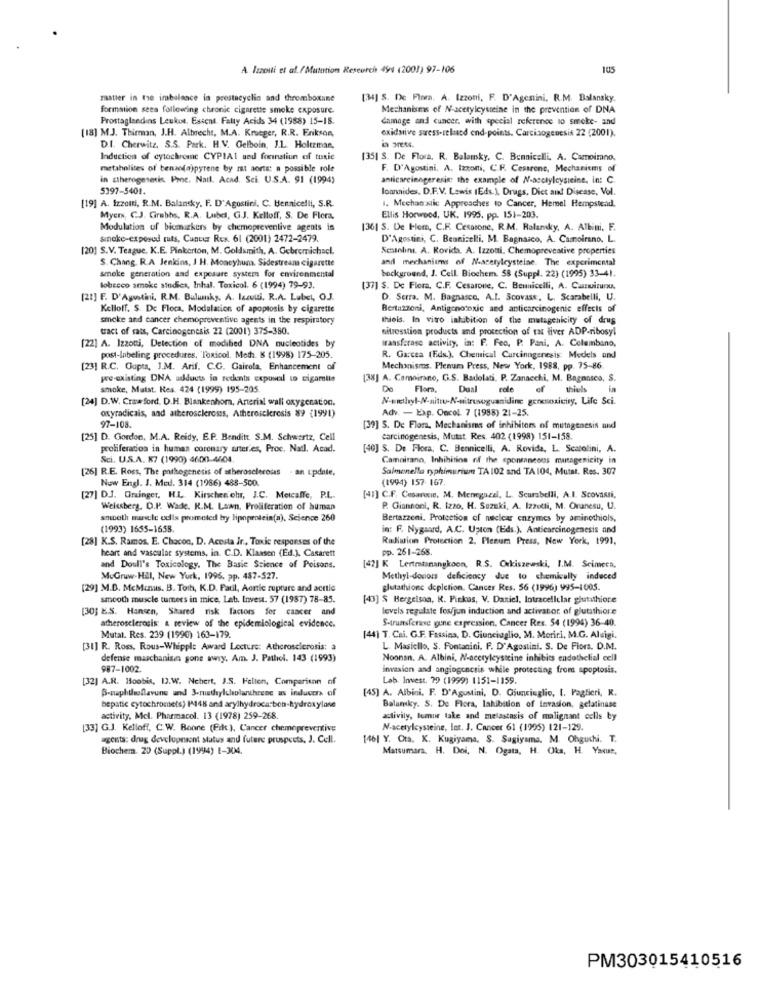
A Izzoiti et al. /Mutation Research 494 (2001) 97-106
105
matter in tre imbalance in prestacyclin and thromboxane
[34] S. De Flora, A. Izzoni, F. D'Agestini. R.M. Balansky,
formation seea following chronic cigarette smoke exposure.
Mechanisms of N-acetylcysteine in the prevention of DNA
Prostaglandins Leukos. Estent. Fatty Acids 34 (1988) 15-18.
damage and cancer, with special reference to smoke- and
(18] MJ. Thirman, J.H. Albrecht, M.A. Krueger, R.R. Erikson,
oxidsive suess-related end-points. Carcinogenesis 22 (2001).
D.I. Cherwitz, S.S. Park. H.V. Gelboin, J.L. Holtzmar,
Induction of cytochreme CYPIAL und forinatiun of tuxie
[35] S. De Flora. R. Balamky, C. Bennicelli, A. Camoimno,
metabolites of benzo(a)pyrene by rt aorta: a possible role
F. D'Agostini. A. Izzoni, C.F. Cestrene, Mechanisms of
in therogesetis Proc. Natl. Acad. Sci. U.S.A. 91 (1994)
anticareinngeresie: the example of N-acetylcysteine. In: C.
5397-5401.
loannides. D.F.V. Lewis (Eds.). Drugs, Diet and Disease, Vol.
1. Mechan sile Approaches to Cancer, Hemel Hempstead.
[19] A. Izzotti, R.M. Balansky. F. D'Agostini, C. Hennicelli, S.R.
Mycr, CJ. Grebhs. R.A. Lubel, G.J. Kelloff, S. De Flera.
Ellis Horweed, UK. 1995, pp. 151-203.
Modulation of biomarkers by chemopreventive agents is
[36| S. De Flem, C.F. Cesarone, R.M. Ralarıky, A. Albini. F.
sinoke-exposed ruts, Cunter Rex. 61 (2001) 2472-2479.
D'Agostini, C. Beaniselli, M. Bagnasco, A. Camoirano, L.
[20] S.V. Teague, K.E. Pinkerton, M. Goldsmith, A. Gebromichacl.
Seanhını. A. Rovida. A. Izzoui, Chemopreventive properties
S. Chang. R.A Jenkins, 1 H. Moneyhuma. Sidestream cigarette
and mechanisms of N-acetylcysteine. The experimental
smoke generation and exposure system for environmental
background, J. Cell. Biochem. 58 (Suppl. 22) (1995) 33-41.
lobecco smoke studies, Inhal. Toxicol. 6 (1994) 79-93.
[37] S. De Flera, C.F. Cesarone, C. Bennicelli, A. Canuirunu.
[21] F. D'Agostini. R.M. Bulumks. A. lacuwi, R.A. Label, OJ.
D. Serra. M. Bagnasco. A.I. Scovass. L. Scarabelli, U.
Kelloff. S. De Floca, Modulation of apoptosis by cigarette
Bertazzoni, Antigenotoxic and anticarcinogenic effects of
smoke and cancer chemopreventive agents in the respiratory
thiels. In vitro inhubition of the mutagenicity of drus
tract of rats, Carcinogenesis 22 (2001) 375-380.
nitrosstion products and protection of tat tiver ADP-ribosyl
transferase activity, in: F. Feo, P. Pani, A. Columbano,
[22] A. Izzoti, Detection of modified DNA nucleotides by
post-labeling procedures, Toxicol. Meth. K (1998) 175-205.
R. Garcea (Eds.). Chemical Curcinngenesis Models and
[23] R.C. Gupta, J.M. Arif. C.G. Cairola, Enhancement of
Mechanisms, Plenum Press, New York, 1988, pp. 75-86.
pre-existing DNA udducts in redents exposel to cigamite
[38] A. Camoirano, G.S. Badolati, P. Zanacchi, M. Bagnasco, S.
smoke, Matst. Kes. 424 (1999) 195-205.
De
Flora.
Dual role
ef
thiels
[24] D.W. Crawford. D.H. Blankenhorn, Arterial wall oxygenation.
N-methyl-N-sittu-N-nitrosoguanidine genenoxicity, Life Sci.
oxyradicais, and atherosclerosis, Atherosclerosis 89 (1991)
Adv. - Exp. Oncol. 7 (1988) 21-25.
97-108.
[39] S. De Flora, Mechanisms of inhibitors of mutagenesis und
[25] D. Gordon, M.A. Reidy, E.P. Benditt S.M. Schwartz, Cell
carcinogenesis, Mutat Res. 402 (1998) 151-158.
proliferadios in human coronary arteries, Proc. Natl. Acad.
[40] S. De Flora, C. Bennicelli, A. Rovida, L. Scatolini, A.
Sci. U.S.A. K7 (1990) 4600-4504.
Camairano, Inhihitina of the spontaneous mutagenicity in
[26] R.E. Ross, The pathogenesis of stheroscleroses - an update,
Salmonella typhimuriun TA 102 and TA104, Mutat. Res. 307
Now Engl. J. Med. 314 (1986) 488-500.
(1994) 157- 167.
[27] D.J. Grainger, H.L. Kirschen ohr, J.C. Metcalfe, P.L.
[41] C.F. Cesarone, M. Meneguzzi, L. Scurabelli, A.I. Scovassi,
Weissberg. D.P. Wade. R.M. Lawn, Proliferation of human
P. Giannoni, R. Izzo, H. Suzuki, A. Izzoti, M. Orunesu, U.
smooth muscle edis promoted by lipoprotein(a), Science 260
Bertazzoni, Protection of nuclear enzymes by aminothiols,
(1993) 1655-1658.
in: F. Nygaard, A.C. Uston (Eds.), Anticarcinogenesis and
[28] K.S. Ramos, E. Chacon, D. Acosta ir ., Toxic responses of the
Raluion Protection 2. Plenum Press, New York, 1991,
heart and vascular systems, in. C.D. Klaasen (Ed.), Casarett
pp. 261-268.
and Doull's Toxicology. The Basic Science of Poisons.
[42] K Lertratanangkoon, R.S. Orkiszewski, I.M. Scimeca,
MuGruw-Hill, New York, 1996, pp. 437-527.
Methyl-donors deficiency due to chemically induced
[29] M.B. McManus. B. Toth, K.D. Patil, Aonie rupture and acttie
glutathionc depiction. Cancer Res. 56 (1996) 995-1005.
smooth muscle tumers in mice, Lab. Invest. 57 (1987) 78-85.
[43] S Bergetson, R. Pinkas, V. Daniel. Intracellular glutathiore
[30] E.S. Hansen, Shared risk factors for cancer and
levels regulate fos/jun induction and activator, of glutathiore
S-transferase gune expression. Cancer Res. 54 (1994) 36-40.
atherosclerosis: a review of the epidemiological evidence.
Mutat. Res. 239 (1990) 163-179.
[44] T. Cai. G.F. Fassina, D. Giunciaglio, M. Moriri, M.G. Aluigi.
[31] R. Ross, Rous-Whipple Award Lecture: Atherosclerosis: a
L. Masiello, S. Fontanini, F. D'Agostini. S. De Flora. D.M.
defense maschanisan gone awry. Am. J. Pathel. 143 (1993)
Noonan. A. Albini, N-acetylcysteine inhibits endothelial cell
987-1002.
invasion and angiogencris while protecting from apoptosis.
[32] A.R. Hoobis, D2.W. Nebert, J.S. Felten, Comparison of
Lab. Invest. 79 (1999) 1151-1159.
B-naphilwoflavuns and 3-nutryilolaruhrene us inducers of
[45] A. Albini. F. D'Agustini, D. Giunciglio, I. Paglieri, K.
bepatic cytochrome(s) I148 and arylhydrocarbon-hydroxylone
Balansky. S. De Flora, lahibition of invasion, gelatinase
activity. Mcl. Pharmacol. 13 (1978) 259-268.
activity, tumir take and metastasis of malignant cells by
[33] G.J. Kelloff, C.W. Bonne (Fik ), Cancer chemepreventive
N-acetylcysteine, Int. J. Cancer 61 (1995) 121-129.
agents: drug development status and future prospects, J. Cell.
146] Y. Cta. K. Kugiyama, S. Sugiyama, M. Ohgushi. T.
Biochem. 20 (Suppl.) (1994) E-304.
Matsumars. H. Doi, N. Ogata, H. Oks, H. Yaque,
PM303015410516